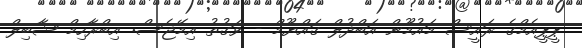
ޕީޕީއެމްގެ ރައީސް މައުމޫން އަބްދުލް ގައްޔޫމް - ވަގުތު އިމޭޖެސް: އިބްރާހިމް ޝާބިލް